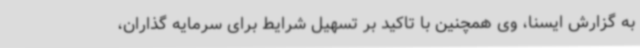
به گزارش ایسنا، وی همچنین با تاکید بر تسهیل شرایط برای سرمایه گذاران،